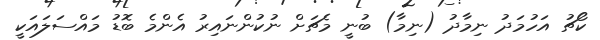
ކޯޗު އަހުމަދު ނިމާދު (ނިމާ) ބުނީ މެޗަށް ނުކުންނައިރު އެންމެ ބޮޑު މައްސަލައަކީ